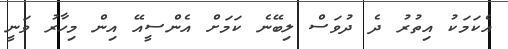
އެކަމަކު އިތުރު ދެ ދުވަސް ލިބޭނެ ކަމަށް އެންސީއޭ އިން މިހާރު ވަނީ